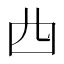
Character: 𠁤